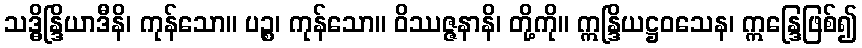
သဒ္ဓိန္ဒြိယာဒီနိ၊ ကုန်သော။ ပဉ္စ၊ ကုန်သော။ ဝိဿဇ္ဇနာနိ၊ တို့ကို။ ဣန္ဒြိယဋ္ဌဝသေန၊ ဣန္ဒြေဖြစ်၍